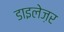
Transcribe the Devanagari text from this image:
डाइलेज़र